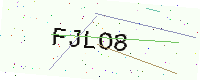
Text: FJLO8